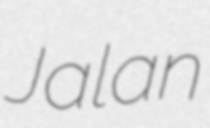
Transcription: Jalan